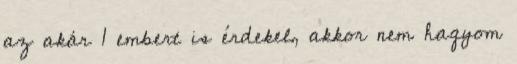
az akár 1 embert is érdekel, akkor nem hagyom